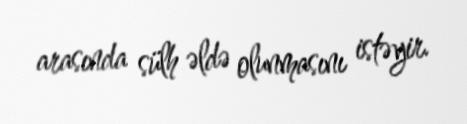
arasında sülh əldə olunmasını istəyir.